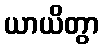
ယာယိတွာ